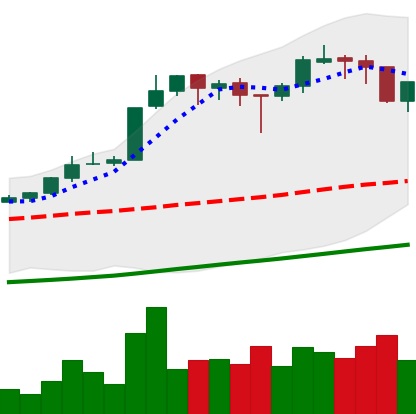
Ticker: BTC-USD
Chart end date: 2017-10-25
Forward return: 6.603%
Label: up_5_7